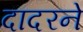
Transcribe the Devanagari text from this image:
दादरने